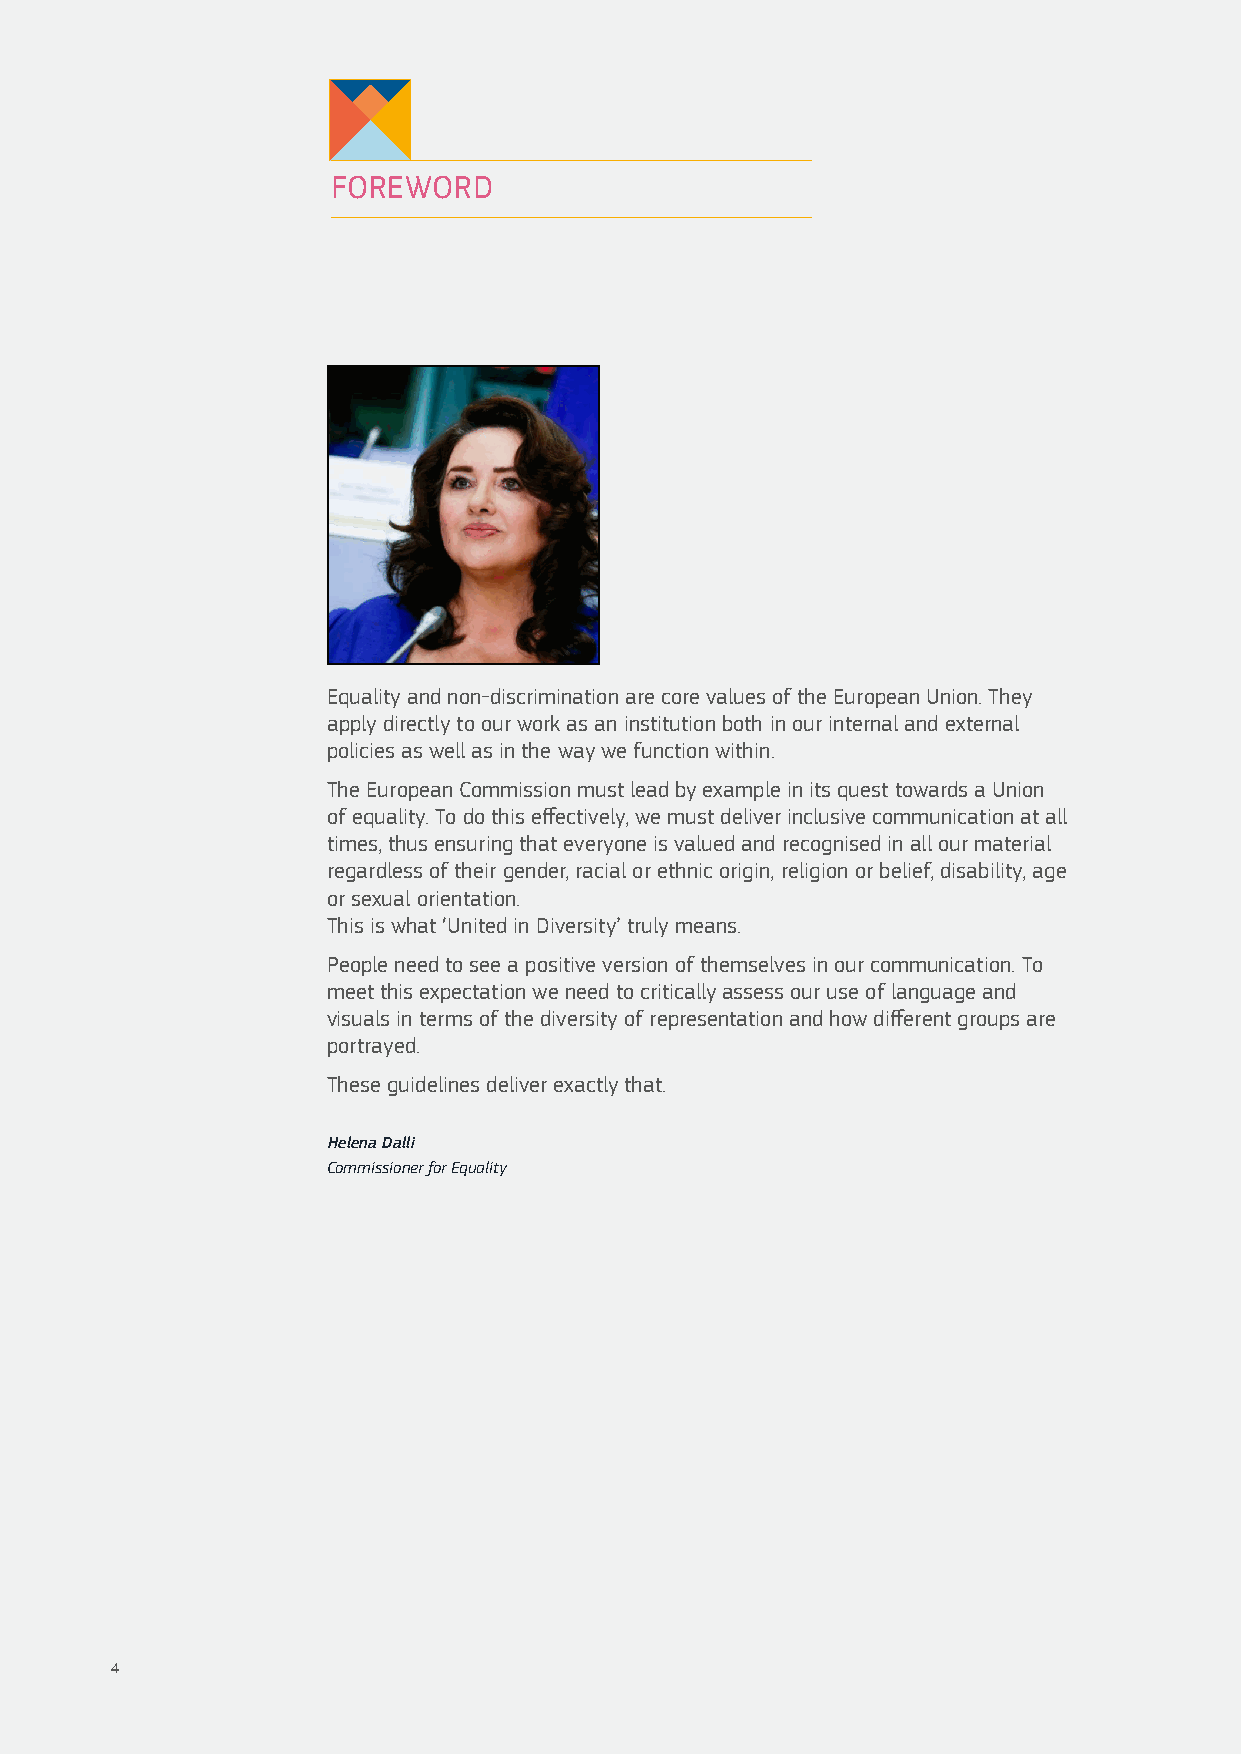
FOREWORD
 Equality and non-discrimination are core values of the European Union. They
 apply directly to our work as an institution both in our internal and external
 policies as well as in the way we function within.
 The European Commission must lead by example in its quest towards a Union
 of equality. To do this effectively, we must deliver inclusive communication at all
 times, thus ensuring that everyone is valued and recognised in all our material
 regardless of their gender, racial or ethnic origin, religion or belief, disability, age
 or sexual orientation.
 This is what ‘United in Diversity’ truly means.
 People need to see a positive version of themselves in our communication. To
 meet this expectation we need to critically assess our use of language and
 visuals in terms of the diversity of representation and how different groups are
 portrayed.
 These guidelines deliver exactly that.
 Helena Dalli
 Commissioner for Equality
 4